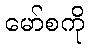
မော်စကို